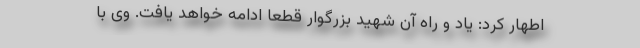
اطهار کرد: یاد و راه آن شهید بزرگوار قطعا ادامه خواهد یافت. وی با